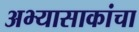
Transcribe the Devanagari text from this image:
अभ्यासाकांचा